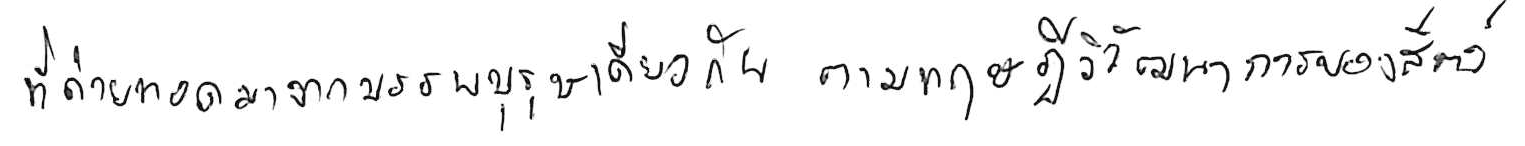
ที่ถ่ายทอดมาจากบรรพบุรุษเดียวกัน ตามทฤษฎีวิวัฒนาการของสัตว์